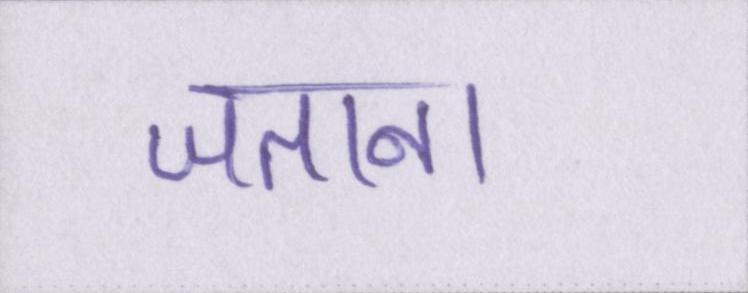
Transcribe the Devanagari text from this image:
जताना